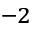
^ { - 2 }